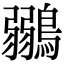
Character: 鶸